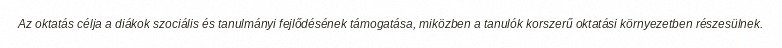
Az oktatás célja a diákok szociális és tanulmányi fejlődésének támogatása, miközben a tanulók korszerű oktatási környezetben részesülnek.